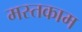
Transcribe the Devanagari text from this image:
मस्तकाम